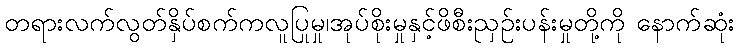
တရားလက်လွတ်နှိပ်စက်ကလူပြုမှု၊အုပ်စိုးမှုနှင့်ဖိစီးညှဉ်းပန်းမှုတို့ကို နောက်ဆုံး